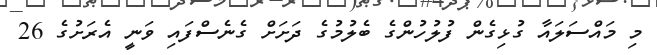
މި މައްސަލައާ ގުޅިގެން ފުލުހުންގެ ބެލުމުގެ ދަށަށް ގެނެސްފައި ވަނީ އެރަށުގެ 26